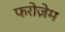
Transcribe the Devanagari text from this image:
फरोज़ेम